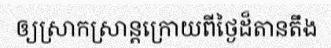
ឲ្យស្រាកស្រាន្តក្រោយពីថ្ងៃដ៏តានតឹង